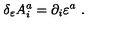
\delta _ { \varepsilon } A _ { i } ^ { a } = \partial _ { i } \varepsilon ^ { a } \ .